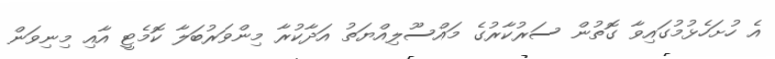
އެ ހުށަހެޅުމުގައިވާ ގޮތުން ސަރުކާރުގެ މައްސޫލިއްޔަތު އަދާކުރާ މިންވަރުބަލާ ކޮމެޓީ އާއި މިނިވަން